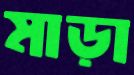
মাড়া